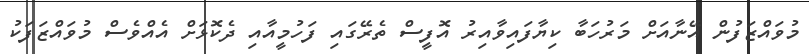
މުވައްޒަފުން އޭނާއަށް މަރުހަބާ ކިޔާފައިވާއިރު އޮފީސް ތެރޭގައި ފަހުމީއާއި ދެކޮޅަށް އެއްވެސް މުވައްޒަފަކު